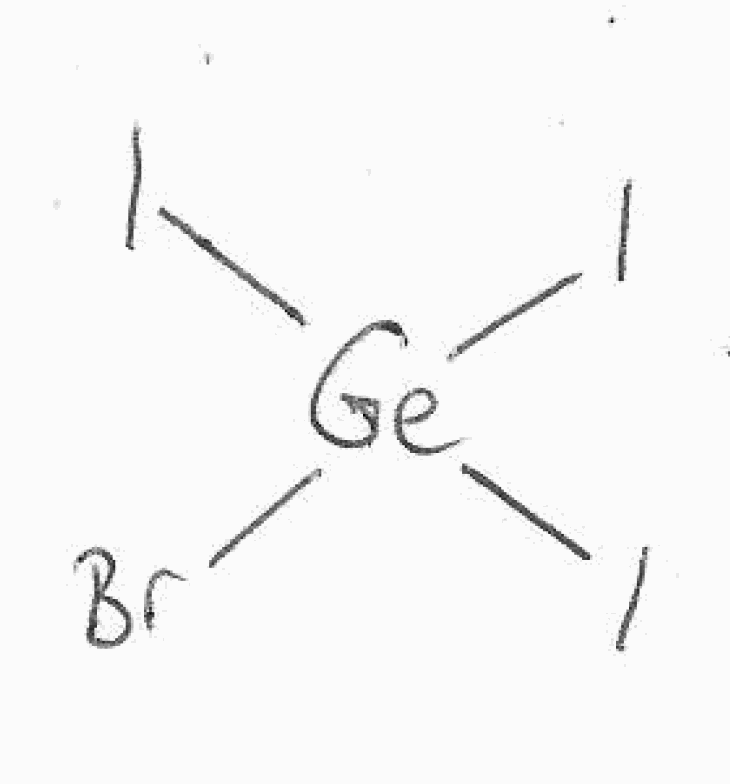
Simplified molecular-input line-entry system (SMILES) notation of the given molecule:
[Ge](Br)(I)(I)I